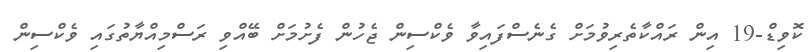
ކޮވިޑް-19 އިން ރައްކާތެރިވުމަށް ގެނެސްފައިވާ ވެކްސިން ޖެހުން ފެށުމަށް ބޭއްވި ރަސްމިއްޔާތުގައި ވެކްސިން